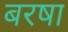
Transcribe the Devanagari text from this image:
बरषा